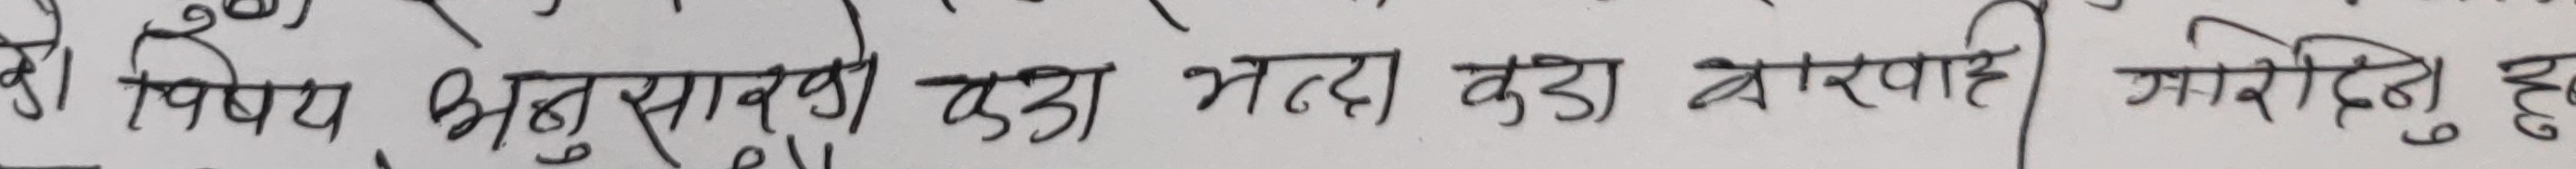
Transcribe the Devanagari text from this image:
विषय अनुसारको हुदा भन्दा वडा कारवाही गरिनु हुदा